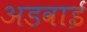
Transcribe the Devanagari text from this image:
अडवाई